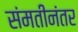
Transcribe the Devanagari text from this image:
संमतीनंतर